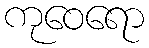
ကုဝေရော